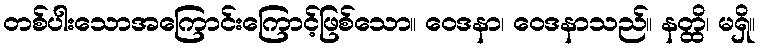
တစ်ပါးသောအကြောင်းကြောင့်ဖြစ်သော။ ဝေဒနာ၊ ဝေဒနာသည်။ နတ္ထိ၊ မရှိ။